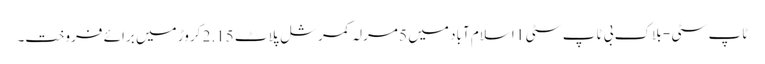
ٹاپ سٹی - بلاک بی ٹاپ سٹی 1 اسلام آباد میں 5 مرلہ کمرشل پلاٹ 2.15 کروڑ میں برائے فروخت۔